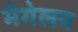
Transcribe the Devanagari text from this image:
मेगेलन